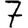
Digit: 7